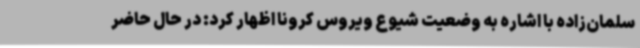
سلمان‌زاده با اشاره به وضعیت شیوع ویروس کرونا اظهار کرد: در حال حاضر